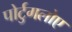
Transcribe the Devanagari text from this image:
पोर्टुगलोए